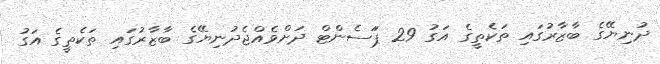
ދުނިޔޭގެ ބާޒާރުގައި ތަކެތީގެ އަގު 29 ޕަަސެންޓް ދަށްވެއްޖެދުނިޔޭގެ ބާޒާރުގައި ތަކެތީގެ އަގު